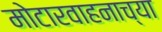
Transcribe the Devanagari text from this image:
मोटारवाहनाच्या